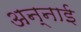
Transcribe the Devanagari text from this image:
अन्नाई